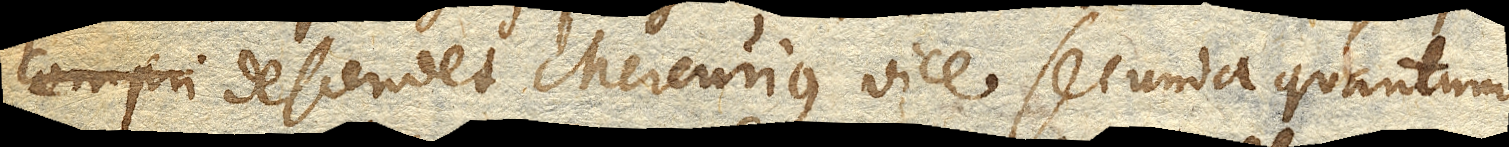
compri descendet Mercurius vice secunda quantum